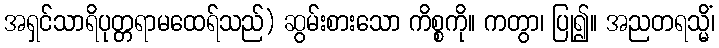
အရှင်သာရိပုတ္တရာမထေရ်သည်) ဆွမ်းစားသော ကိစ္စကို။ ကတွာ၊ ပြု၍။ အညတရသ္မိံ၊